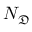
\ensuremath { N _ { \mathfrak { D } } }